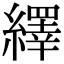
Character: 繹